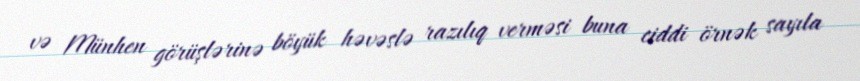
və Münhen görüşlərinə böyük həvəslə razılıq verməsi buna ciddi örnək sayıla